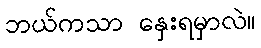
ဘယ်ကသာ နှေးရမှာလဲ။